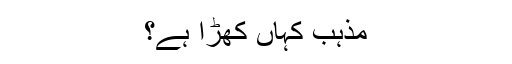
مذہب کہاں کھڑا ہے؟